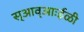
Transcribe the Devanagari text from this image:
स्आव्आःईळी